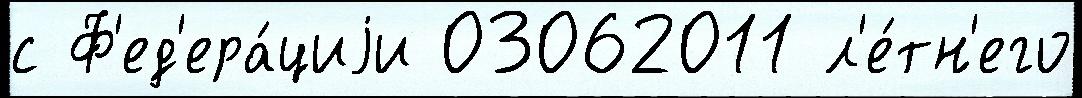
с Ф'ед'ера́циjи 03062011 л'е́тн'его